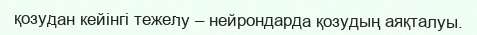
қозудан кейінгі тежелу – нейрондарда қозудың аяқталуы.